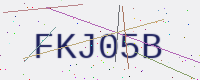
Text: FKJ05B